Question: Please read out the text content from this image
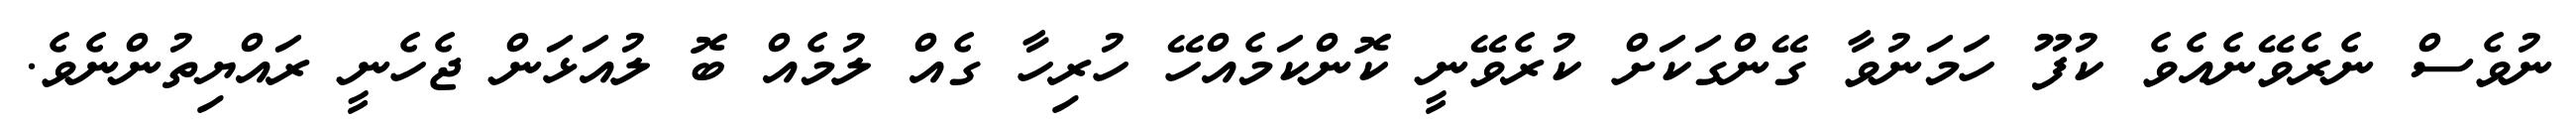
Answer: ނުވެސް ނެރެވޭނެއެވެ ކުފޫ ހަމަނުވާ ގޭންގަކަށް ކުރެވޭނީ ކޮންކަމެއްހޭ ހުރިހާ ގެއް ލުމެއް ބޮ ލުއަޅަން ޖެހެނީ ރައްޔިތުންނެވެ.